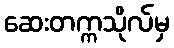
ဆေးတက္ကသိုလ်မှ